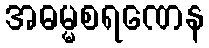
အဓမ္မစရဏေန